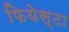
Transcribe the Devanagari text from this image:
फियेस्टा